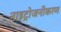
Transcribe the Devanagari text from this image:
नाइट्रोजनीकरण